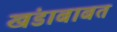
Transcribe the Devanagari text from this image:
खंडाबाबत